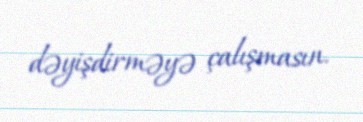
dəyişdirməyə çalışmasın.